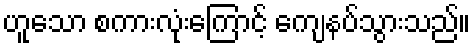
ဟူသော စကားလုံးကြောင့် ကျေနပ်သွားသည်။